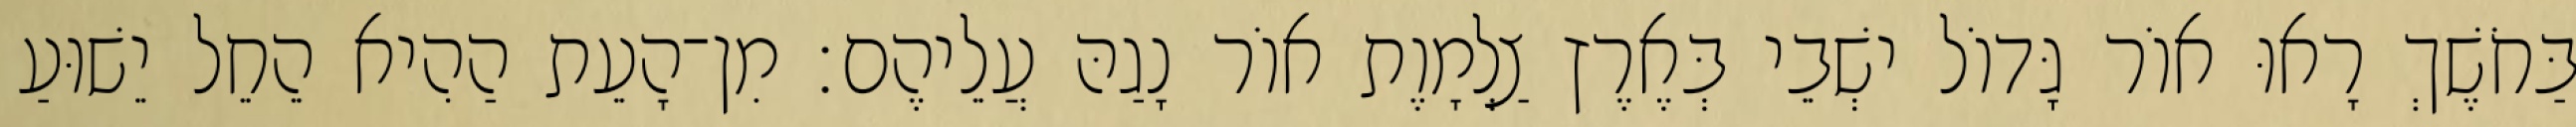
בַּחֹשֶׁךְ רָאוּ אוֹר גָּדוֹל ישְׁבֵי בְּאֶרֶץ צַלְמָוֶת אוֹר נָגַהּ עֲלֵיהֶם׃ מִן־הָעֵת הַהִיא הֵחֵל יֵשׁוּעַ